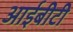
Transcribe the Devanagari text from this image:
आईबीटी